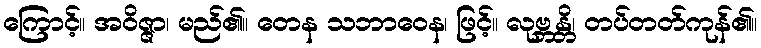
ကြောင့်။ အဝိဇ္ဇာ၊ မည်၏။ တေန သဘာဝေန၊ ဖြင့်။ လုဗ္ဘန္တိ၊ တပ်တတ်ကုန်၏။